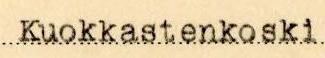
Kuokkastenkoski